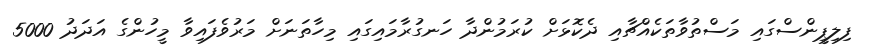
ފިލިޕީންސްގައި މަސްތުވާތަކެއްޗާއި ދެކޮޅަށް ކުރަމުންދާ ހަނގުރާމައިގައި މިހާތަނަށް މަރުވެފައިވާ މީހުންގެ އަދަދު 5000